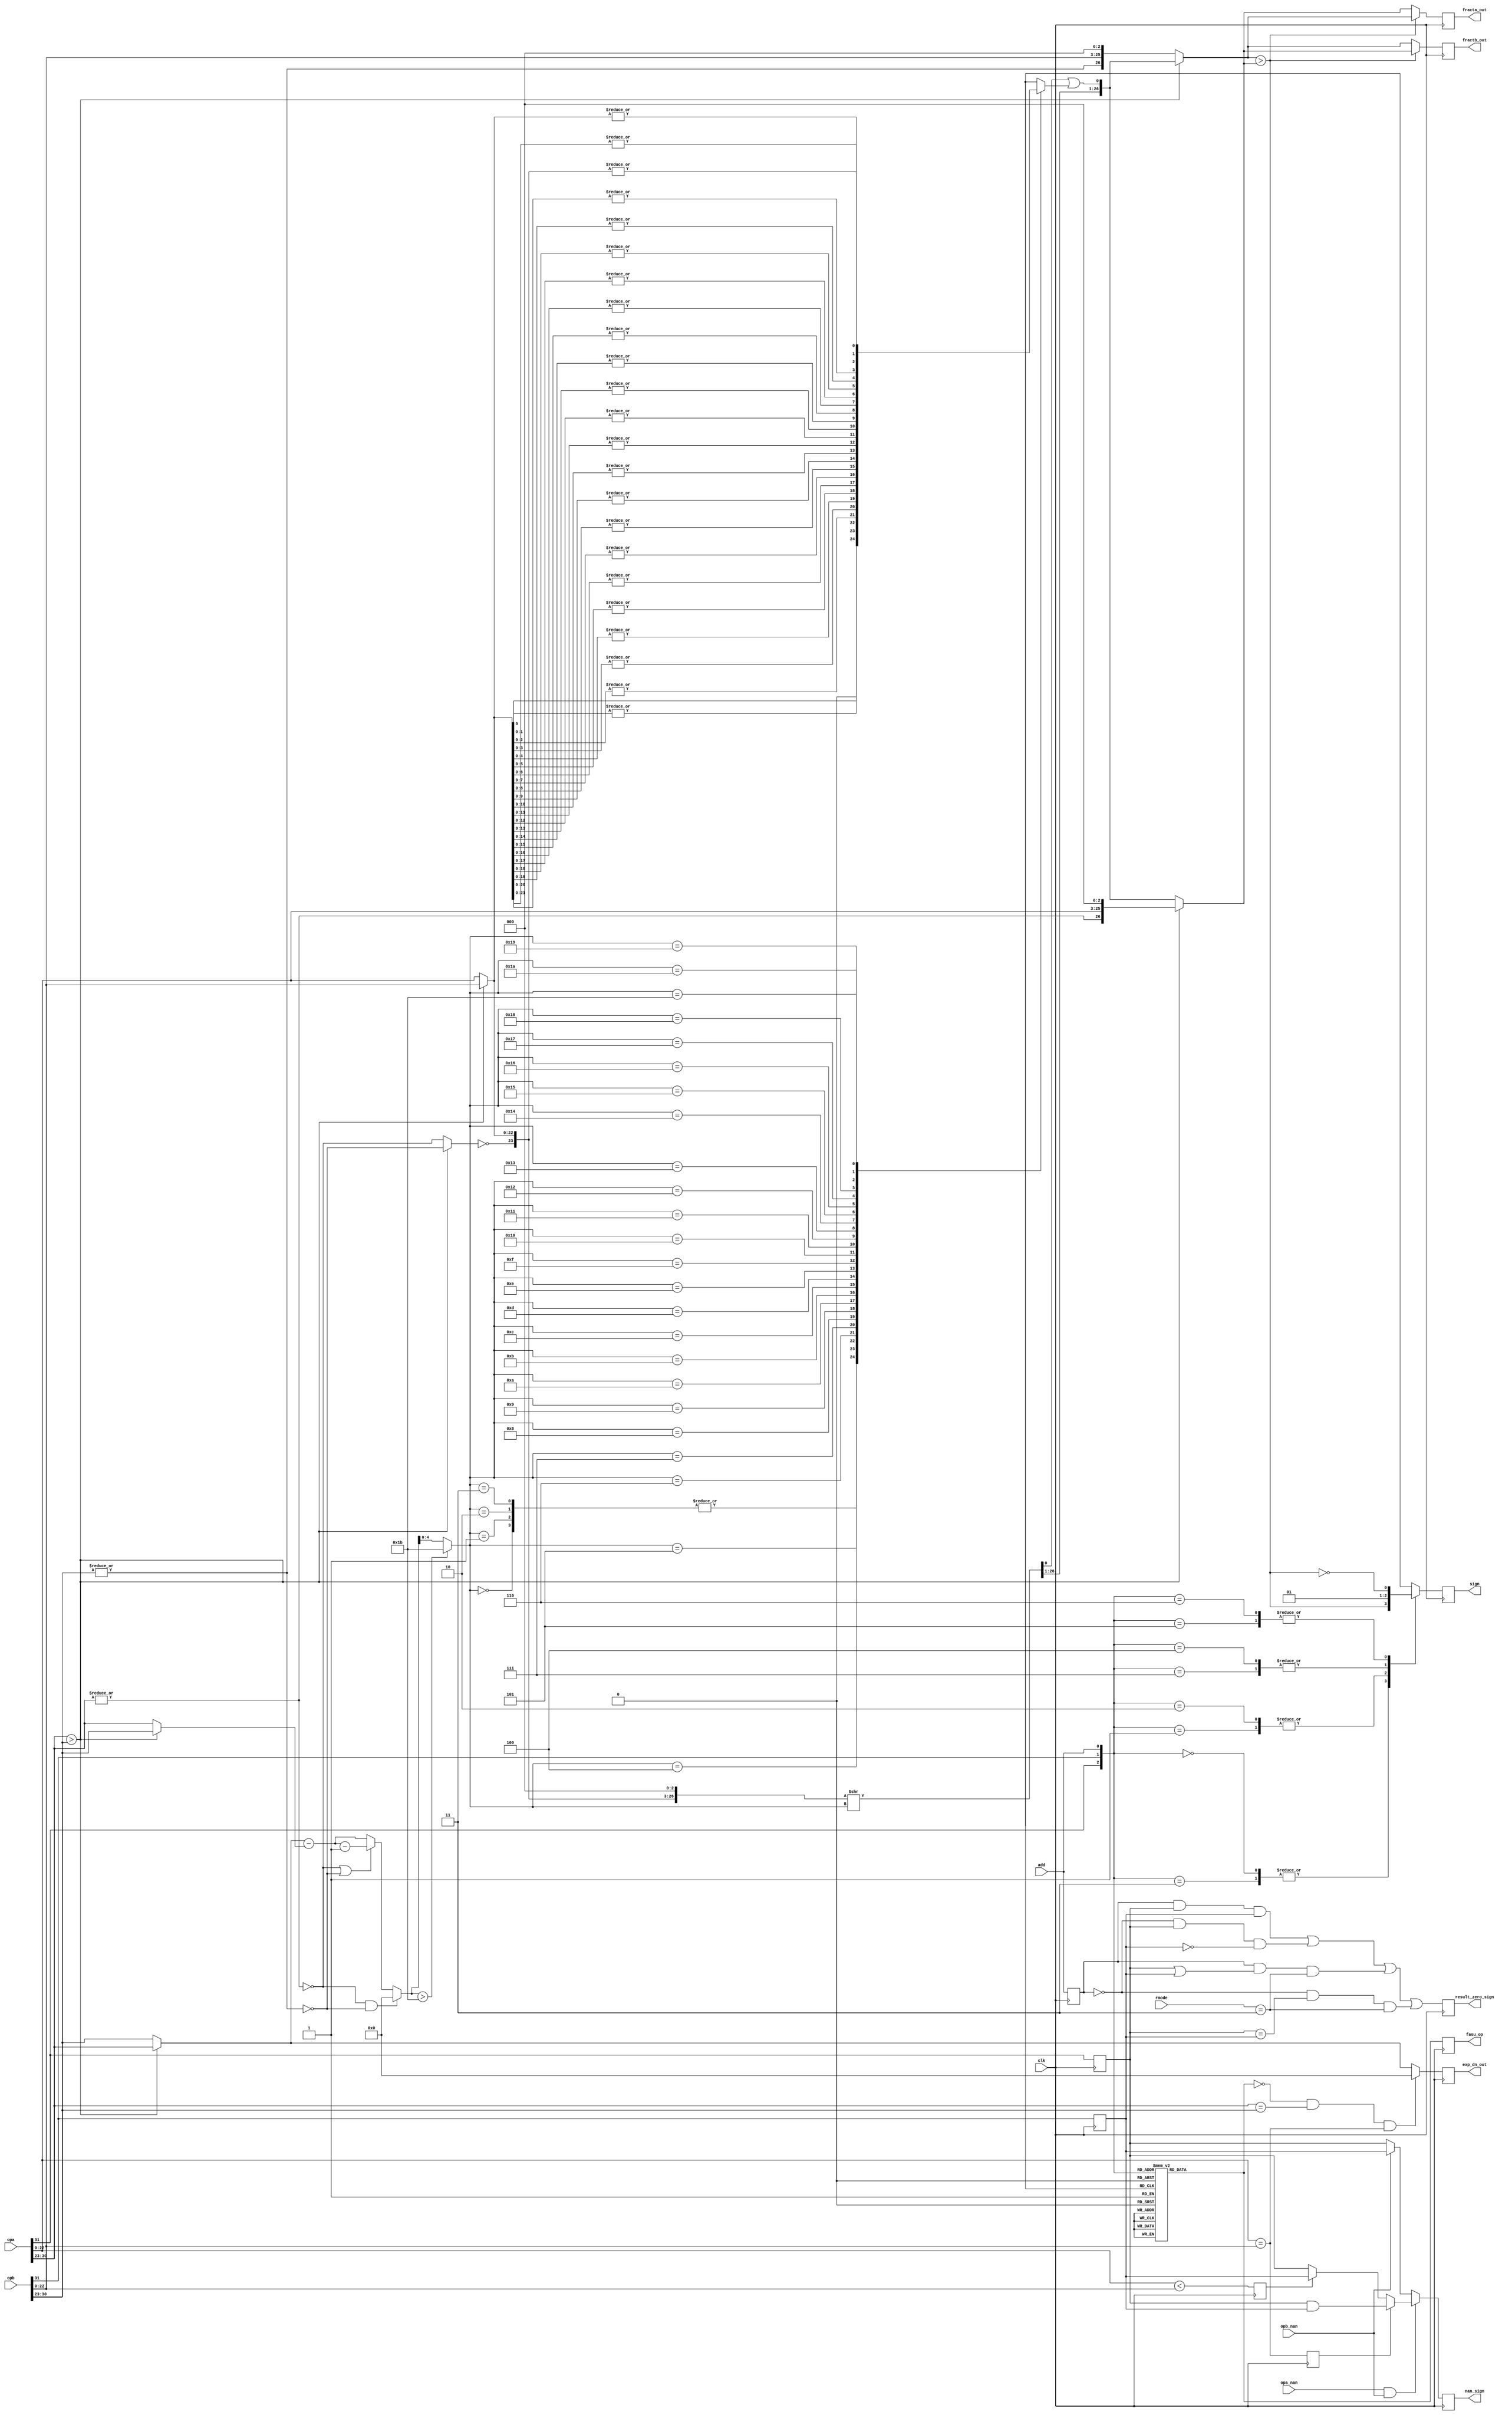
module pre_norm(clk, rmode, add, opa, opb, opa_nan, opb_nan, fracta_out,
		fractb_out, exp_dn_out, sign, nan_sign, result_zero_sign,
		fasu_op);
input		clk;
input	[1:0]	rmode;
input		add;
input	[BIT_SIZE:0]	opa, opb;
input		opa_nan, opb_nan;
output	[MANT_SIZE + 4:0]	fracta_out, fractb_out;
output	[EXP_SIZE:0]	exp_dn_out;
output		sign;
output		nan_sign, result_zero_sign;
output		fasu_op;			// Operation Output

////////////////////////////////////////////////////////////////////////
//
// Local Wires and registers
//

wire		signa, signb;		// alias to opX sign
wire	[7:0]	expa, expb;		// alias to opX exponent
wire	[22:0]	fracta, fractb;		// alias to opX fraction
wire		expa_lt_expb;		// expa is larger than expb indicator
wire		fractb_lt_fracta;	// fractb is larger than fracta indicator
reg	[7:0]	exp_dn_out;		// de normalized exponent output
wire	[7:0]	exp_small, exp_large;
wire	[7:0]	exp_diff;		// Numeric difference of the two exponents
wire	[22:0]	adj_op;			// Fraction adjustment: input
wire	[26:0]	adj_op_tmp;
wire	[26:0]	adj_op_out;		// Fraction adjustment: output
wire	[26:0]	fracta_n, fractb_n;	// Fraction selection after normalizing
wire	[26:0]	fracta_s, fractb_s;	// Fraction Sorting out
reg	[26:0]	fracta_out, fractb_out;	// Fraction Output
reg		sign, sign_d;		// Sign Output
reg		add_d;			// operation (add/sub)
reg		fasu_op;		// operation (add/sub) register
wire		expa_dn, expb_dn;
reg		sticky;
reg		result_zero_sign;
reg		add_r, signa_r, signb_r;
wire	[4:0]	exp_diff_sft;
wire		exp_lt_27;
wire		op_dn;
wire	[26:0]	adj_op_out_sft;
reg		fracta_lt_fractb, fracta_eq_fractb;
wire		nan_sign1;
reg		nan_sign;

////////////////////////////////////////////////////////////////////////
// Parameters
parameter BIT_SIZE = 31,
  EXP_SIZE = 7,
  MANT_SIZE = 22,
  BIAS = 127;

////////////////////////////////////////////////////////////////////////

////////////////////////////////////////////////////////////////////////
//
// Aliases
//

assign  signa = opa[BIT_SIZE];
assign  signb = opb[BIT_SIZE];
assign   expa = opa[BIT_SIZE-1:BIT_SIZE-1 - EXP_SIZE];
assign   expb = opb[BIT_SIZE-1:BIT_SIZE-1 - EXP_SIZE];
assign fracta = opa[MANT_SIZE:0];
assign fractb = opb[MANT_SIZE:0];

////////////////////////////////////////////////////////////////////////
//
// Pre-Normalize exponents (and fractions)
//

assign expa_lt_expb = expa > expb;		// expa is larger than expb

// ---------------------------------------------------------------------
// Normalize

assign expa_dn = !(|expa);			// opa denormalized
assign expb_dn = !(|expb);			// opb denormalized

// ---------------------------------------------------------------------
// Calculate the difference between the smaller and larger exponent

wire	[7:0]	exp_diff1, exp_diff1a, exp_diff2;

assign exp_small  = expa_lt_expb ? expb : expa;
assign exp_large  = expa_lt_expb ? expa : expb;
assign exp_diff1  = exp_large - exp_small;
assign exp_diff1a = exp_diff1-1;
assign exp_diff2  = (expa_dn | expb_dn) ? exp_diff1a : exp_diff1;
assign  exp_diff  = (expa_dn & expb_dn) ? 8'h0 : exp_diff2;

always @(posedge clk)	// If numbers are equal we should return zero
	exp_dn_out <= #1 (!add_d & expa==expb & fracta==fractb) ? 8'h0 : exp_large;

// ---------------------------------------------------------------------
// Adjust the smaller fraction


assign op_dn	  = expa_lt_expb ? expb_dn : expa_dn;
assign adj_op     = expa_lt_expb ? fractb : fracta;
assign adj_op_tmp = { ~op_dn, adj_op, 3'b0 };	// recover hidden bit (op_dn)

// adj_op_out is 27 bits wide, so can only be shifted 27 bits to the right
assign exp_lt_27	= exp_diff  > 8'd27;
assign exp_diff_sft	= exp_lt_27 ? 5'd27 : exp_diff[4:0];
assign adj_op_out_sft	= adj_op_tmp >> exp_diff_sft;
assign adj_op_out	= {adj_op_out_sft[26:1], adj_op_out_sft[0] | sticky };

// ---------------------------------------------------------------------
// Get truncated portion (sticky bit)

always @(exp_diff_sft or adj_op_tmp)
   case(exp_diff_sft)		// synopsys full_case parallel_case
	00: sticky = 1'h0;
	01: sticky =  adj_op_tmp[0];
	02: sticky = |adj_op_tmp[01:0];
	03: sticky = |adj_op_tmp[02:0];
	04: sticky = |adj_op_tmp[03:0];
	05: sticky = |adj_op_tmp[04:0];
	06: sticky = |adj_op_tmp[05:0];
	07: sticky = |adj_op_tmp[06:0];
	08: sticky = |adj_op_tmp[07:0];
	09: sticky = |adj_op_tmp[08:0];
	10: sticky = |adj_op_tmp[09:0];
	11: sticky = |adj_op_tmp[10:0];
	12: sticky = |adj_op_tmp[11:0];
	13: sticky = |adj_op_tmp[12:0];
	14: sticky = |adj_op_tmp[13:0];
	15: sticky = |adj_op_tmp[14:0];
	16: sticky = |adj_op_tmp[15:0];
	17: sticky = |adj_op_tmp[16:0];
	18: sticky = |adj_op_tmp[17:0];
	19: sticky = |adj_op_tmp[18:0];
	20: sticky = |adj_op_tmp[19:0];
	21: sticky = |adj_op_tmp[20:0];
	22: sticky = |adj_op_tmp[21:0];
	23: sticky = |adj_op_tmp[22:0];
	24: sticky = |adj_op_tmp[23:0];
	25: sticky = |adj_op_tmp[24:0];
	26: sticky = |adj_op_tmp[25:0];
	27: sticky = |adj_op_tmp[26:0];
   endcase

// ---------------------------------------------------------------------
// Select operands for add/sub (recover hidden bit)

assign fracta_n = expa_lt_expb ? {~expa_dn, fracta, 3'b0} : adj_op_out;
assign fractb_n = expa_lt_expb ? adj_op_out : {~expb_dn, fractb, 3'b0};

// ---------------------------------------------------------------------
// Sort operands (for sub only)

assign fractb_lt_fracta = fractb_n > fracta_n;	// fractb is larger than fracta
assign fracta_s = fractb_lt_fracta ? fractb_n : fracta_n;
assign fractb_s = fractb_lt_fracta ? fracta_n : fractb_n;

always @(posedge clk)
	fracta_out <= #1 fracta_s;

always @(posedge clk)
	fractb_out <= #1 fractb_s;

// ---------------------------------------------------------------------
// Determine sign for the output

// sign: 0=Positive Number; 1=Negative Number
always @(signa or signb or add or fractb_lt_fracta)
   case({signa, signb, add})		// synopsys full_case parallel_case

   	// Add
	3'b0_0_1: sign_d = 0;
	3'b0_1_1: sign_d = fractb_lt_fracta;
	3'b1_0_1: sign_d = !fractb_lt_fracta;
	3'b1_1_1: sign_d = 1;

	// Sub
	3'b0_0_0: sign_d = fractb_lt_fracta;
	3'b0_1_0: sign_d = 0;
	3'b1_0_0: sign_d = 1;
	3'b1_1_0: sign_d = !fractb_lt_fracta;
   endcase

always @(posedge clk)
	sign <= #1 sign_d;

// Fix sign for ZERO result
always @(posedge clk)
	signa_r <= #1 signa;

always @(posedge clk)
	signb_r <= #1 signb;

always @(posedge clk)
	add_r <= #1 add;

always @(posedge clk)
	result_zero_sign <= #1	( add_r &  signa_r &  signb_r) |
				(!add_r &  signa_r & !signb_r) |
				( add_r & (signa_r |  signb_r) & (rmode==3)) |
				(!add_r & (signa_r == signb_r) & (rmode==3));

// Fix sign for NAN result
always @(posedge clk)
	fracta_lt_fractb <= #1 fracta < fractb;

always @(posedge clk)
	fracta_eq_fractb <= #1 fracta == fractb;

assign nan_sign1 = fracta_eq_fractb ? (signa_r & signb_r) : fracta_lt_fractb ? signb_r : signa_r;

always @(posedge clk)
	nan_sign <= #1 (opa_nan & opb_nan) ? nan_sign1 : opb_nan ? signb_r : signa_r;

////////////////////////////////////////////////////////////////////////
//
// Decode Add/Sub operation
//

// add: 1=Add; 0=Subtract
always @(signa or signb or add)
   case({signa, signb, add})		// synopsys full_case parallel_case

   	// Add
	3'b0_0_1: add_d = 1;
	3'b0_1_1: add_d = 0;
	3'b1_0_1: add_d = 0;
	3'b1_1_1: add_d = 1;

	// Sub
	3'b0_0_0: add_d = 0;
	3'b0_1_0: add_d = 1;
	3'b1_0_0: add_d = 1;
	3'b1_1_0: add_d = 0;
   endcase

always @(posedge clk)
	fasu_op <= #1 add_d;

endmodule